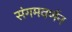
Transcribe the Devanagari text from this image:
संगमवर्णन